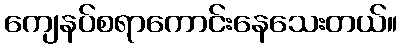
ကျေနပ်စရာကောင်းနေသေးတယ်။